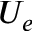
U _ { e }